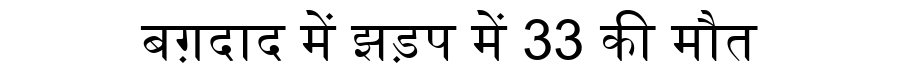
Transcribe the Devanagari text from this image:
बग़दाद में झड़प में 33 की मौत